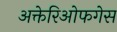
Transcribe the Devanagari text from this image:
अक्तेरिओफगेस